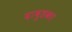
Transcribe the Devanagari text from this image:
दाबुडका